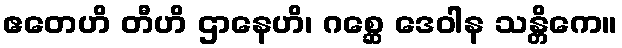
ဧတေဟိ တီဟိ ဌာနေဟိ၊ ဂစ္ဆေ ဒေဝါန သန္တိကေ။